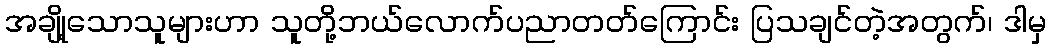
အချို့သောသူများဟာ သူတို့ဘယ်လောက်ပညာတတ်ကြောင်း ပြသချင်တဲ့အတွက်၊ ဒါမှ